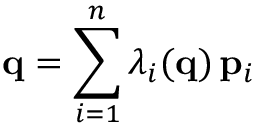
{ \bf q } = \sum _ { i = 1 } ^ { n } \lambda _ { i } ( { \bf q } ) \, { \bf p } _ { i }